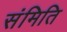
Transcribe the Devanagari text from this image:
संमिति